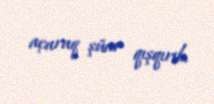
açaraq şüar qışqırıb.